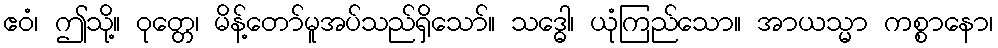
ဧဝံ၊ ဤသို့။ ဝုတ္တေ၊ မိန့်တော်မူအပ်သည်ရှိသော်။ သဒ္ဓေါ၊ ယုံကြည်သော။ အာယသ္မာ ကစ္စာနော၊